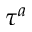
\tau ^ { a }